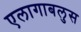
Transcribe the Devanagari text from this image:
एलागाबलुस